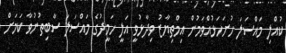
ކުއްލި މައްސަލަ ހުށަހަޅުއްވަމުން އިމްތިޔާޒު ވިދާޅުވީ އަލީ ހަމީދުގެ މައްސަލަ ސާބިތުނުވާ ކަމަށް